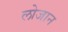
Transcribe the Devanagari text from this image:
लोजान